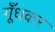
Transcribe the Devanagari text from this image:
गूँधकर